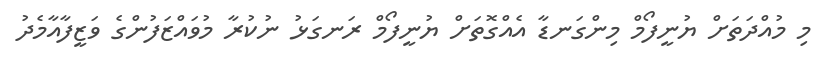
މި މުއްދަތަށް ޔުނީފޯމް މިންގަނޑާ އެއްގޮތަށް ޔުނީފޯމް ރަނގަޅު ނުކުރާ މުވައްޒަފުންގެ ވަޒީފާއާމެދު